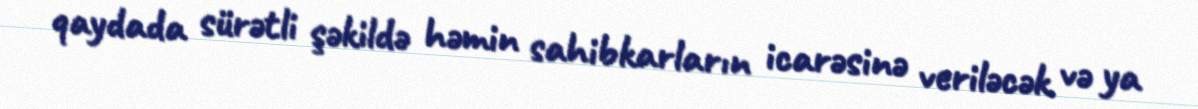
qaydada sürətli şəkildə həmin sahibkarların icarəsinə veriləcək və ya